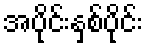
အပိုင်းနှစ်ပိုင်း